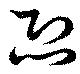
恐